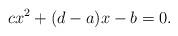
LaTeX: \begin{align*}cx^2+(d-a)x-b=0.\end{align*}